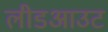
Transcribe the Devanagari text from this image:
लीडआउट